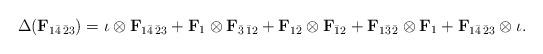
LaTeX: \begin{align*}\Delta(\mathbf{F}_{1\bar{4}\,\bar{2}3})=\iota\otimes \mathbf{F}_{1\bar{4}\,\bar{2}3}+\mathbf{F}_{1}\otimes \mathbf{F}_{\bar{3}\,\bar{1}2}+\mathbf{F}_{1\bar{2}}\otimes \mathbf{F}_{\bar{1}2}+\mathbf{F}_{1\bar{3}\,\bar{2}}\otimes \mathbf{F}_{1}+\mathbf{F}_{1\bar{4}\,\bar{2}3}\otimes \iota.\end{align*}